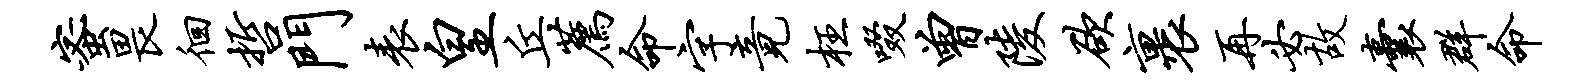
蜜畏徊哲门表皇丘荐命字竟枉啜曾陵欲裹再必故囊群命